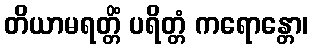
တိယာမရတ္တိံ ပရိတ္တံ ကရောန္တော၊